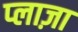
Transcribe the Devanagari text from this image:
प्‍लाज़ा